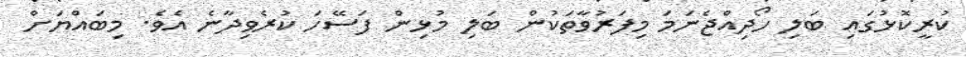
ކުރީކޮޅުގައި ބަލި ހޯދިއްޖެނަމަ މިފަރުވާތަކުން ބަލި މުޅިން ފަސޭހަ ކުރެވިދާނެ އެވެ. މިބައްޔަށް